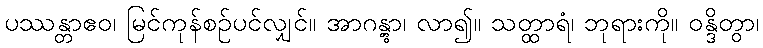
ပဿန္တာဧဝ၊ မြင်ကုန်စဉ်ပင်လျှင်။ အာဂန္တွာ၊ လာ၍။ သတ္ထာရံ၊ ဘုရားကို။ ဝန္ဒိတွာ၊